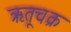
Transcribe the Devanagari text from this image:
ऋतूचक्र